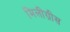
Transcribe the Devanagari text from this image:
मिलीग्रीस